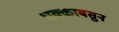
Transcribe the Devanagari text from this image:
धक्काबसुन